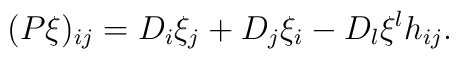
(P\xi)_{ij} = D_i\xi_j+D_j\xi_i -D_l\xi^l h_{ij}.